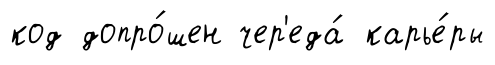
код допро́шен чер'еда́ карье́ры